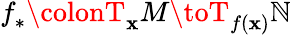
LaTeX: f_{*}^{}\colonT_{\mathbf{x}}M\toT_{f(\mathbf{x})}\mathbb{N}